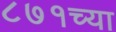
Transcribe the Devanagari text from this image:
८७१च्या